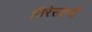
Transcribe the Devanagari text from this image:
तिरेसठवीं